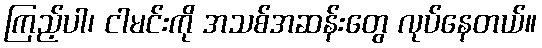
ကြည့်ပါ၊ ငါမင်းကို အသစ်အဆန်းတွေ လုပ်နေတယ်။